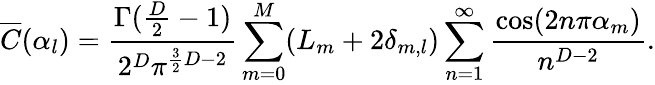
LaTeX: \overline{{{C}}}(\alpha_{l})=\frac{\Gamma(\frac{D}{2}-1)}{2^{D}\pi^{\frac{3}{2}D-2}}\sum_{m=0}^{M}(L_{m}+2\delta_{m,l})\sum_{n=1}^{\infty}\frac{\cos(2n\pi\alpha_{m})}{n^{D-2}}.